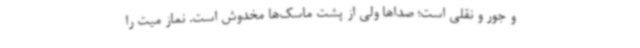
و جور و نقلی است؛ صداها ولی از پشت ماسک‌ها مخدوش است. نماز میت را